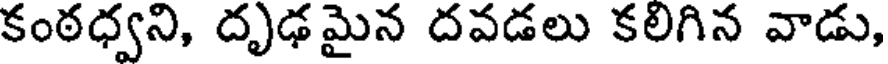
కంఠధ్వని, దృఢమైన దవడలు కలిగిన వాడు,